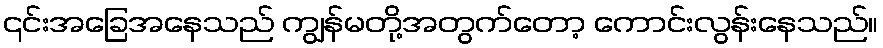
၎င်းအခြေအနေသည် ကျွန်မတို့အတွက်တော့ ကောင်းလွန်းနေသည်။